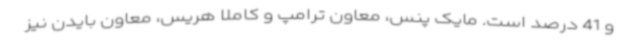
و 41 درصد است. مایک پنس، معاون ترامپ و کاملا هریس، معاون بایدن نیز